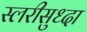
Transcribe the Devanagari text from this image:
स्लरीसुध्दा